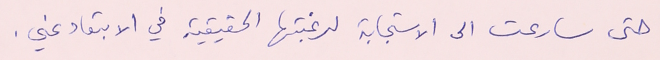
حتى سارعت الى الاستجابة لرغبتها الحقيقية في الابتعاد عني.